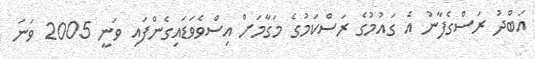
އަބްދު ރަސްގެފާނު އެ ގައުމުގެ ރަސްކަމުގެ މަގާމަށް އިސްވެވަޑައިގެންފައި ވަނީ 2005 ވަނަ